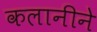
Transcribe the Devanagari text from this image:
कलानीने